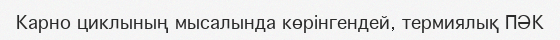
Карно циклының мысалында көрінгендей, термиялық ПӘК